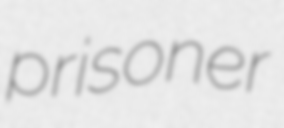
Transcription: prisoner